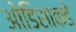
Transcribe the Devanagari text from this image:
ओडिशाकडे